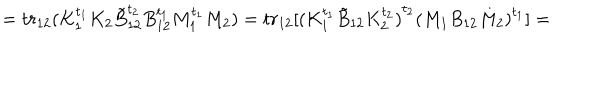
LaTeX: = t r _ { 1 2 } ( K _ { 1 } ^ { t _ { 1 } } K _ { 2 } \tilde { B } _ { 1 2 } ^ { t _ { 2 } } B _ { 1 2 } ^ { t _ { 1 } } M _ { 1 } ^ { t _ { 1 } } M _ { 2 } ) = t r _ { 1 2 } [ { ( K _ { 1 } ^ { t _ { 1 } } \tilde { B } _ { 1 2 } K _ { 2 } ^ { t _ { 2 } } ) } ^ { t _ { 2 } } { ( M _ { 1 } B _ { 1 2 } M _ { 2 } ) } ^ { t _ { 1 } } ] =